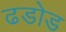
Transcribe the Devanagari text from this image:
ढडोड